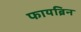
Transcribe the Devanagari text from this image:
फायब्रिन